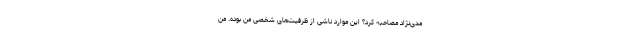
مدی‌نژاد مصاحبه کرد؟ این موارد ناشی از ظرفیت‌های شخصی من بوده. من